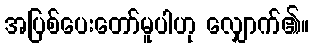
အပြစ်ပေးတော်မူပါဟု လျှောက်၏။